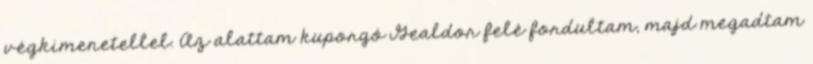
végkimenetellel. Az alattam kuporgó Gealdor felé fordultam, majd megadtam